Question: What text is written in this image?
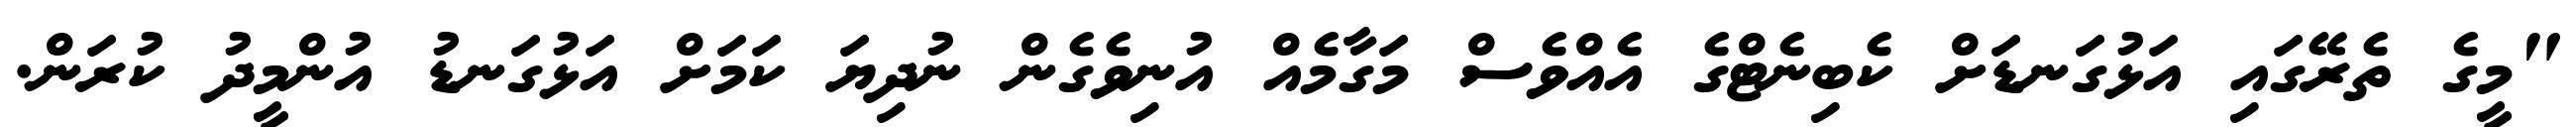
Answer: "މީގެ ތެރޭގައި އަޅުގަނޑަށް ކެބިނެޓްގެ އެއްވެސް މަގާމެއް އުނިވެގެން ނުދިޔަ ކަމަށް އަޅުގަނޑު އުންމީދު ކުރަން.